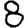
Digit: 8